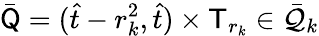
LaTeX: \bar{\mathsf Q}=(\hat{t}-r_{k}^{2},\hat{t})\times\mathsf T_{r_{k}}\in\bar{\mathcal Q}_{k}